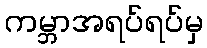
ကမ္ဘာအရပ်ရပ်မှ